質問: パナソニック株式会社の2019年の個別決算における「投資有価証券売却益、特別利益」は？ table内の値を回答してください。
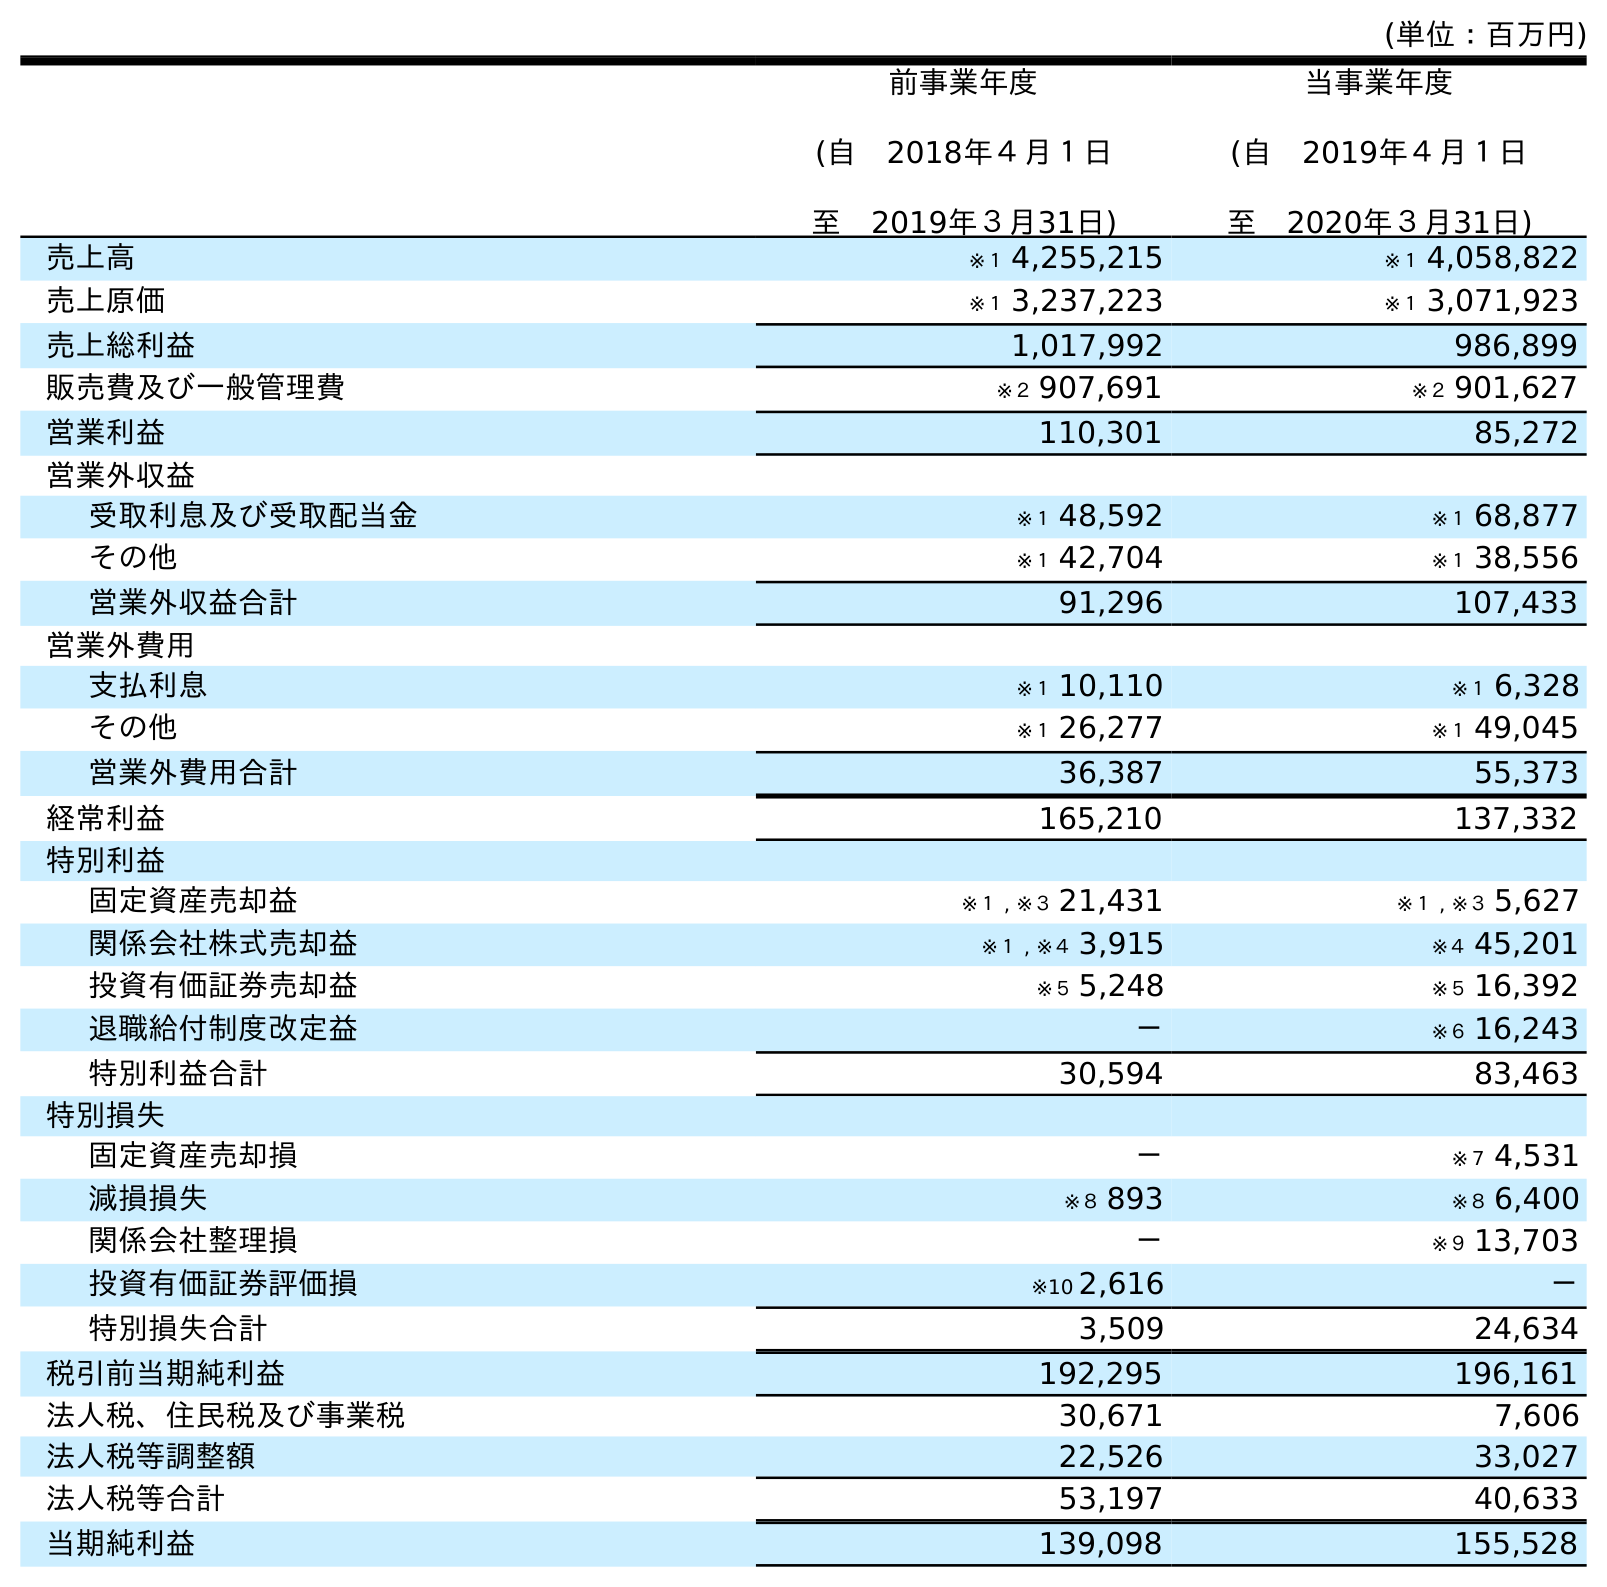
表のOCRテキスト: (単位：百万円) 前事業年度 (自 2018年４月１日 至 2019年３月31日) 当事業年度 (自 2019年４月１日 至 2020年３月31日) 売上高 ※１ 4,255,215 ※１ 4,058,822 売上原価 ※１ 3,237,223 ※１ 3,071,923 売上総利益 1,017,992 986,899 販売費及び一般管理費 ※２ 907,691 ※２ 901,627 営業利益 110,301 85,272 営業外収益 受取利息及び受取配当金 ※１ 48,592 ※１ 68,877 その他 ※１ 42,704 ※１ 38,556 営業外収益合計 91,296 107,433 営業外費用 支払利息 ※１ 10,110 ※１ 6,328 その他 ※１ 26,277 ※１ 49,045 営業外費用合計 36,387 55,373 経常利益 165,210 137,332 特別利益 固定資産売却益 ※１ , ※３ 21,431 ※１ , ※３ 5,627 関係会社株式売却益 ※１ , ※４ 3,915 ※４ 45,201 投資有価証券売却益 ※５ 5,248 ※５ 16,392 退職給付制度改定益 － ※６ 16,243 特別利益合計 30,594 83,463 特別損失 固定資産売却損 － ※７ 4,531 減損損失 ※８ 893 ※８ 6,400 関係会社整理損 － ※９ 13,703 投資有価証券評価損 ※10 2,616 － 特別損失合計 3,509 24,634 税引前当期純利益 192,295 196,161 法人税、住民税及び事業税 30,671 7,606 法人税等調整額 22,526 33,027 法人税等合計 53,197 40,633 当期純利益 139,098 155,528
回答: ※５5,248